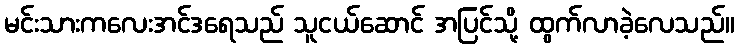
မင်းသားကလေးအင်ဒရေသည် သူငယ်ဆောင် အပြင်သို့ ထွက်လာခဲ့လေသည်။